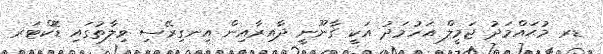
ޑރ މުޙައްމަދު ޖަމީލް އަހުމަދު އަކީ ޤާނޫނީ ދާއިރާއިން އިނގިރޭސި ވިލާތުގައި ޑޮކްޓަރ